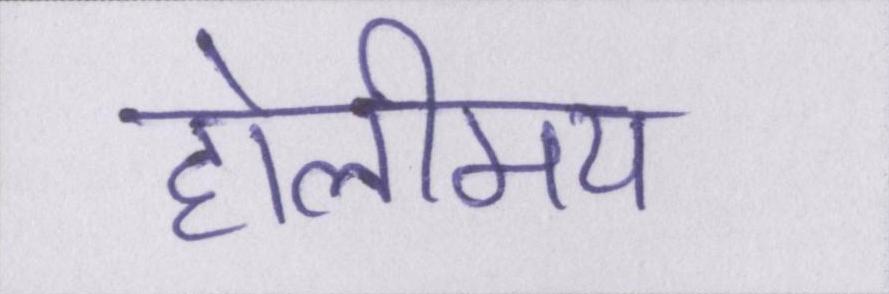
होलीमय